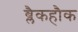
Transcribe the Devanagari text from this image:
ब्लैकहौक